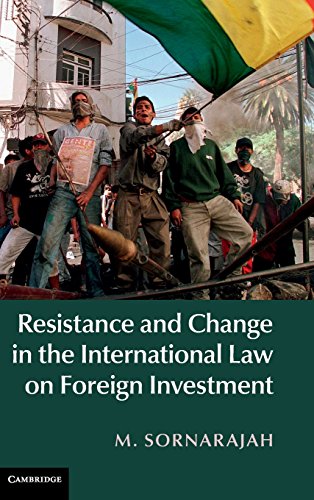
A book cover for Resistance and Change in the International Law on Foreign Investment; M. Sornarajah; Law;